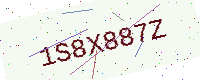
Text: 1S8X887Z